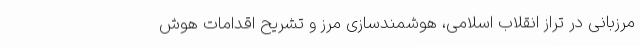
مرزبانی در تراز انقلاب اسلامی، هوشمندسازی مرز و تشریح اقدامات هوش